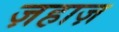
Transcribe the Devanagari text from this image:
ज़हाज़